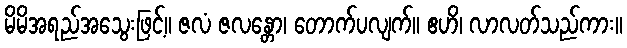
မိမိအရည်အသွေးဖြင့်။ ဇလံ ဇလန္တော၊ တောက်ပလျက်။ ဧဟိ၊ လာလတ်သည်ကား။